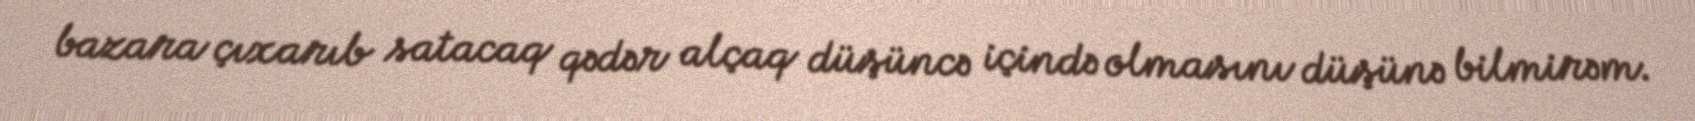
bazara çıxarıb satacaq qədər alçaq düşüncə içində olmasını düşünə bilmirəm.